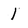
Character: 1